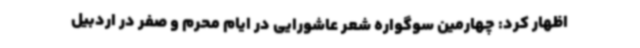
اظهار کرد: چهارمین سوگواره شعر عاشورایی در ایام محرم و صفر در اردبیل